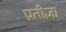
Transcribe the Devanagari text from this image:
प्रतीज्ञा